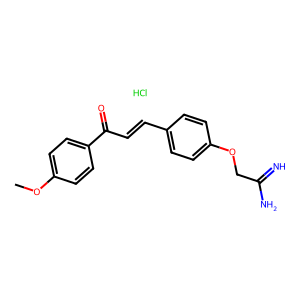
SMILES: COc1ccc(C(=O)C=Cc2ccc(OCC(=N)N)cc2)cc1.Cl
Inhibits HIV replication: No